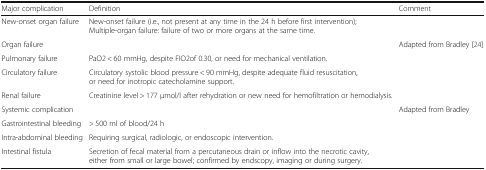
| Major complication | Definition | Comment |
 | --- | --- | --- |
 | New-onset organ failure | New-onset failure (i.e., not present at any time in the 24 h before first intervention); Multiple-organ failure: failure of two or more organs at the same time. |  |
 | Organ failure |  | Adapted from Bradley [24] |
 | Pulmonary failure | PaO2 < 60 mmHg, despite FIO2of 0.30, or need for mechanical ventilation. |  |
 | Circulatory failure | Circulatory systolic blood pressure < 90 mmHg, despite adequate fluid resuscitation, or need for inotropic catecholamine support. |  |
 | Renal failure | Creatinine level > 177 μmol/l after rehydration or new need for hemofiltration or hemodialysis. |  |
 | Systemic complication |  | Adapted from Bradley |
 | Gastrointestinal bleeding | > 500 ml of blood/24 h |  |
 | Intra-abdominal bleeding | Requiring surgical, radiologic, or endoscopic intervention. |  |
 | Intestinal fistula | Secretion of fecal material from a percutaneous drain or inflow into the necrotic cavity, either from small or large bowel; confirmed by endscopy, imaging or during surgery. |  |